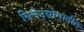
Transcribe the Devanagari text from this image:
सिनेउद्योगातील